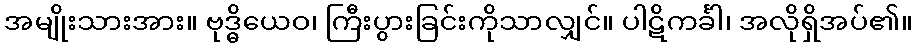
အမျိုးသားအား။ ဗုဒ္ဓိယေဝ၊ ကြီးပွားခြင်းကိုသာလျှင်။ ပါဋိကင်္ခါ၊ အလိုရှိအပ်၏။